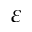
\varepsilon